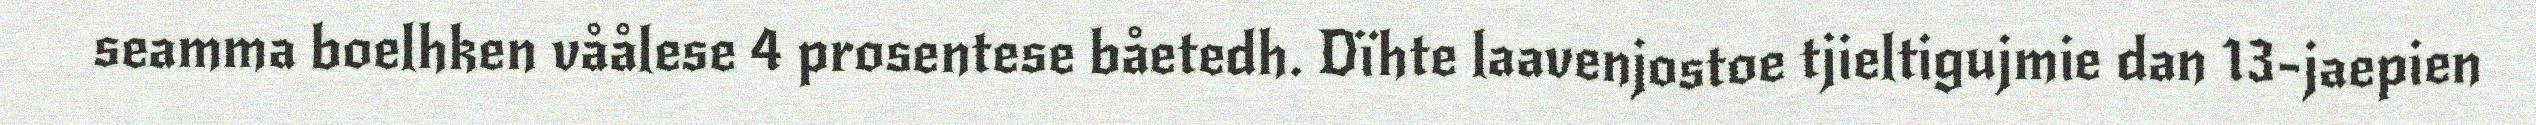
seamma boelhken våålese 4 prosentese båetedh. Dïhte laavenjostoe tjieltigujmie dan 13-jaepien